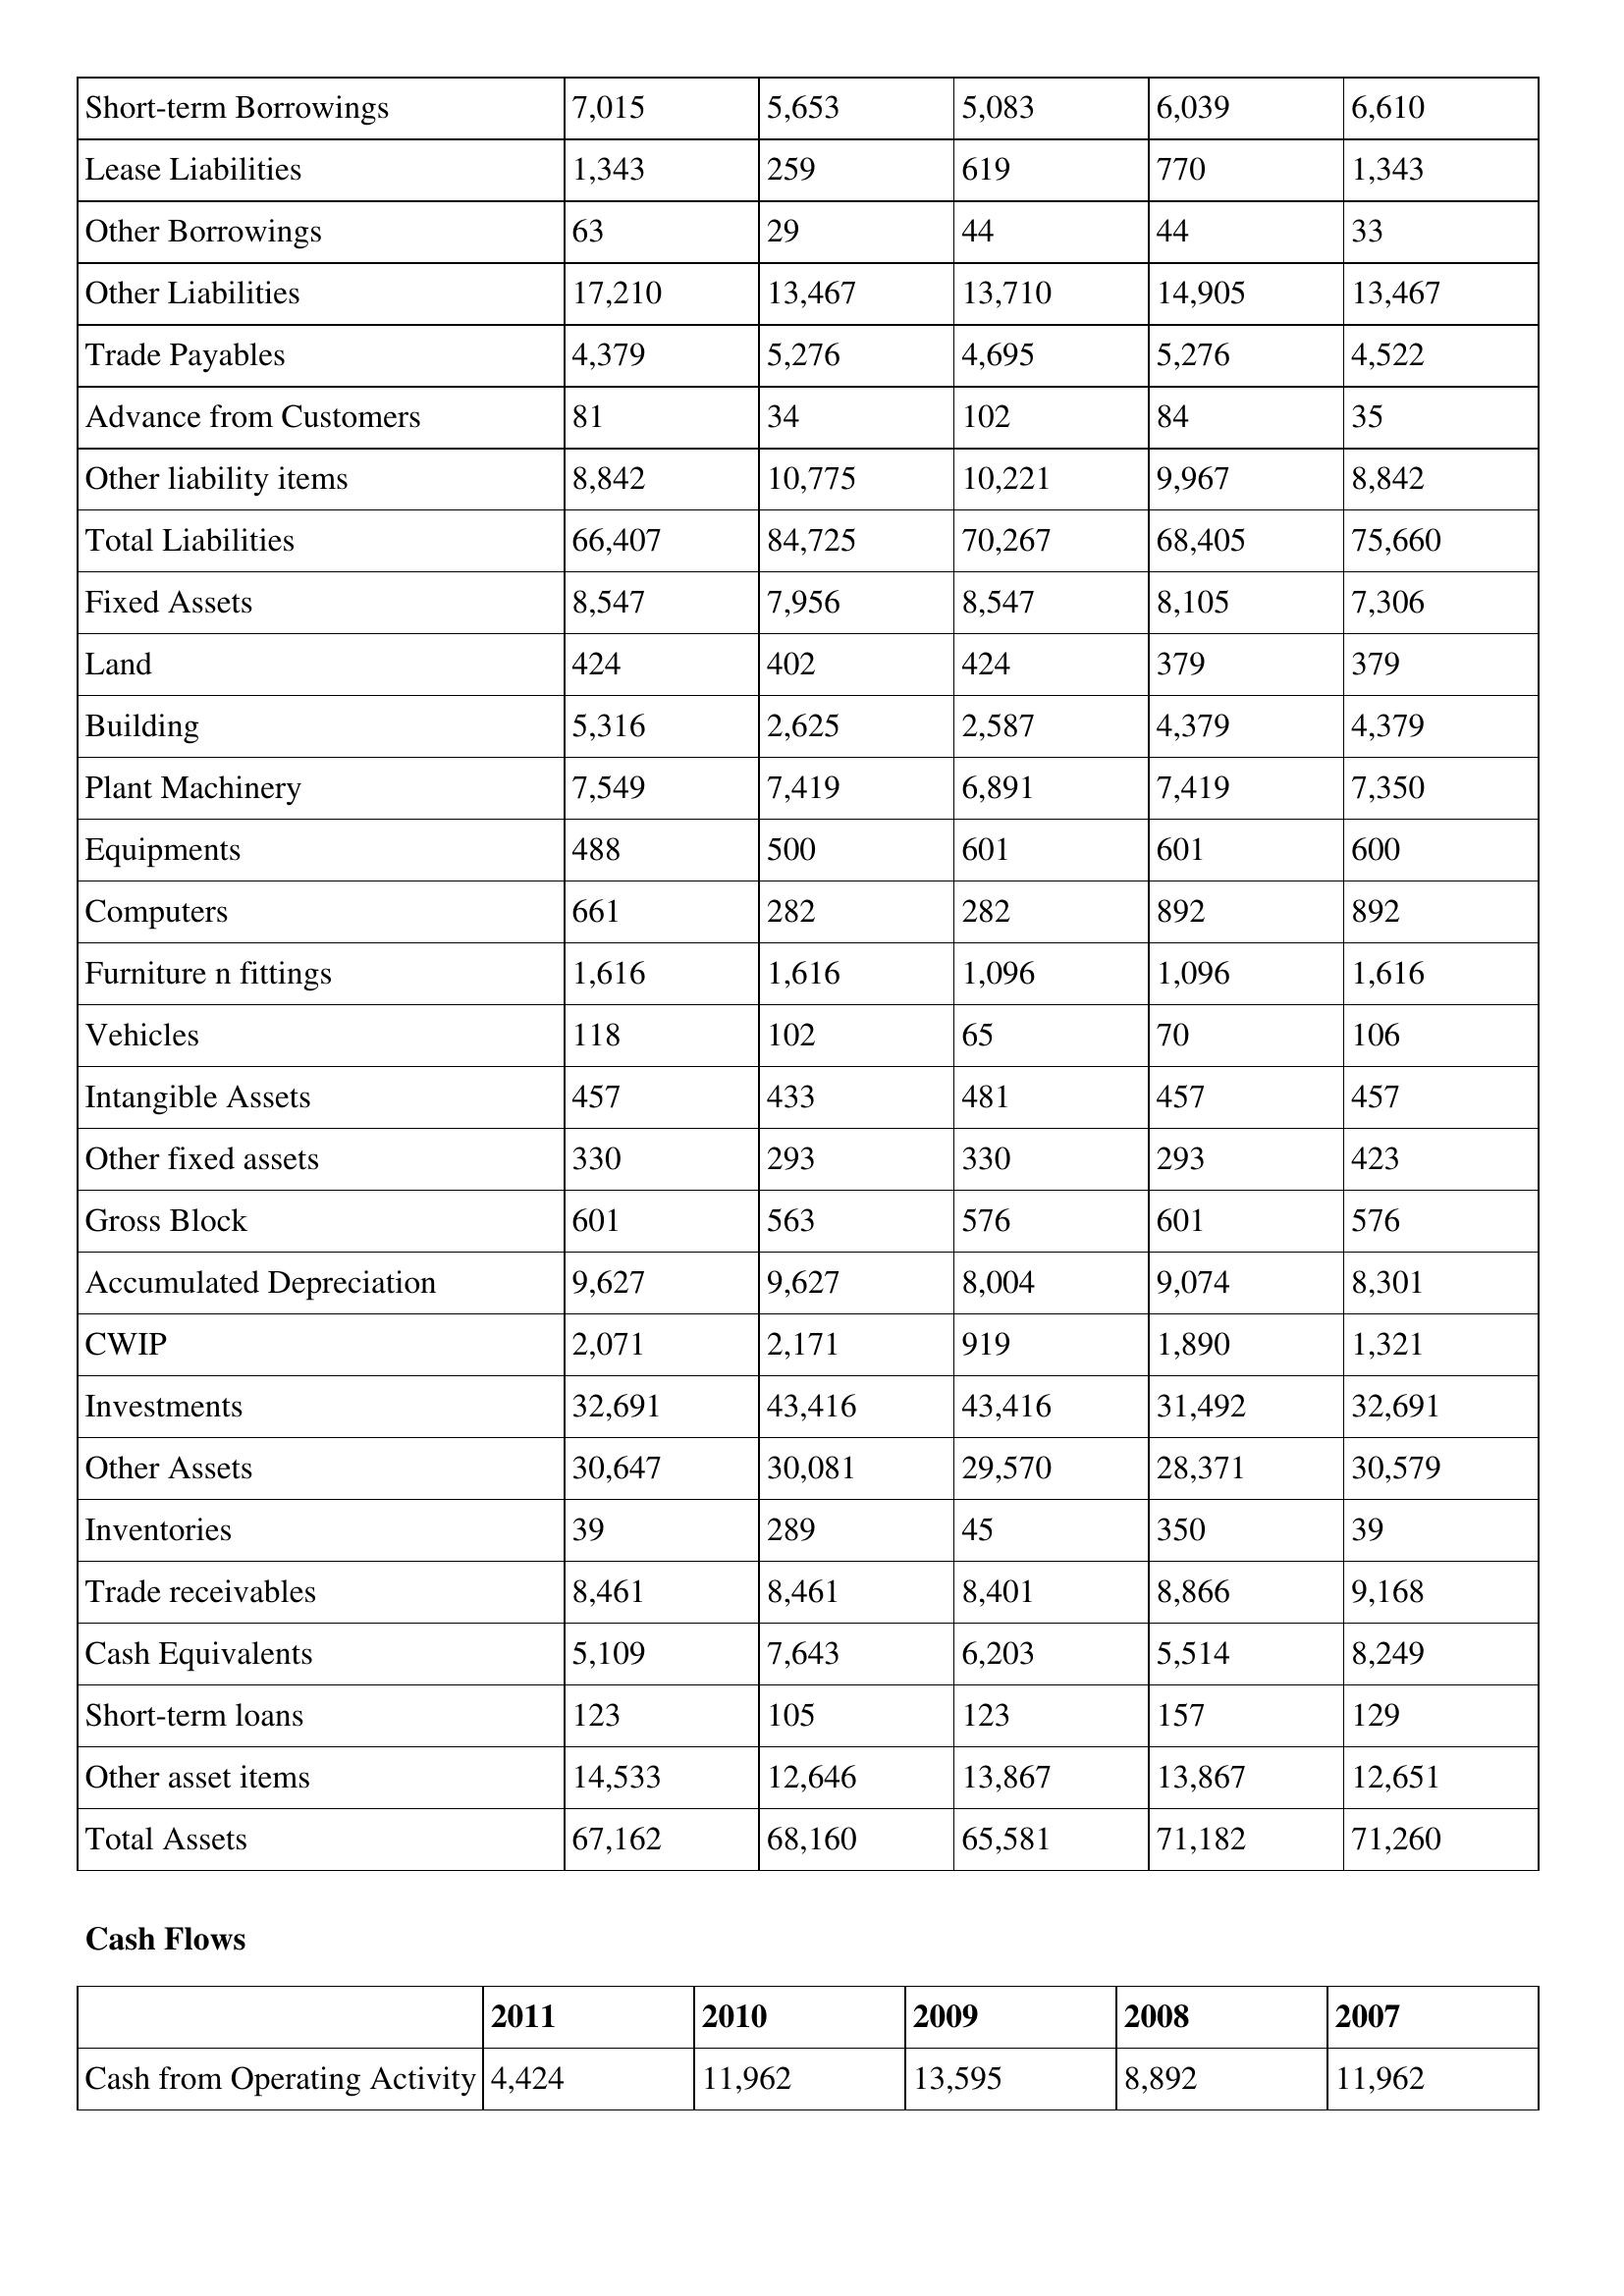
gt_parse: 2011: Balance Sheet: Short-term Borrowings: 7,015
Lease Liabilities: 1,343
Other Borrowings: 63
Other Liabilities: 17,210
Trade Payables: 4,379
Advance from Customers: 81
Other liability items: 8,842
Total Liabilities: 66,407
Fixed Assets: 8,547
Land: 424
Building: 5,316
Plant Machinery: 7,549
Equipments: 488
Computers: 661
Furniture n fittings: 1,616
Vehicles: 118
Intangible Assets: 457
Other fixed assets: 330
Gross Block: 601
Accumulated Depreciation: 9,627
CWIP: 2,071
Investments: 32,691
Other Assets: 30,647
Inventories: 39
Trade receivables: 8,461
Cash Equivalents: 5,109
Short-term loans: 123
Other asset items: 14,533
Total Assets: 67,162
Cash Flows: Cash from Operating Activity: 4,424
2010: Balance Sheet: Short-term Borrowings: 5,653
Lease Liabilities: 259
Other Borrowings: 29
Other Liabilities: 13,467
Trade Payables: 5,276
Advance from Customers: 34
Other liability items: 10,775
Total Liabilities: 84,725
Fixed Assets: 7,956
Land: 402
Building: 2,625
Plant Machinery: 7,419
Equipments: 500
Computers: 282
Furniture n fittings: 1,616
Vehicles: 102
Intangible Assets: 433
Other fixed assets: 293
Gross Block: 563
Accumulated Depreciation: 9,627
CWIP: 2,171
Investments: 43,416
Other Assets: 30,081
Inventories: 289
Trade receivables: 8,461
Cash Equivalents: 7,643
Short-term loans: 105
Other asset items: 12,646
Total Assets: 68,160
Cash Flows: Cash from Operating Activity: 11,962
2009: Balance Sheet: Short-term Borrowings: 5,083
Lease Liabilities: 619
Other Borrowings: 44
Other Liabilities: 13,710
Trade Payables: 4,695
Advance from Customers: 102
Other liability items: 10,221
Total Liabilities: 70,267
Fixed Assets: 8,547
Land: 424
Building: 2,587
Plant Machinery: 6,891
Equipments: 601
Computers: 282
Furniture n fittings: 1,096
Vehicles: 65
Intangible Assets: 481
Other fixed assets: 330
Gross Block: 576
Accumulated Depreciation: 8,004
CWIP: 919
Investments: 43,416
Other Assets: 29,570
Inventories: 45
Trade receivables: 8,401
Cash Equivalents: 6,203
Short-term loans: 123
Other asset items: 13,867
Total Assets: 65,581
Cash Flows: Cash from Operating Activity: 13,595
2008: Balance Sheet: Short-term Borrowings: 6,039
Lease Liabilities: 770
Other Borrowings: 44
Other Liabilities: 14,905
Trade Payables: 5,276
Advance from Customers: 84
Other liability items: 9,967
Total Liabilities: 68,405
Fixed Assets: 8,105
Land: 379
Building: 4,379
Plant Machinery: 7,419
Equipments: 601
Computers: 892
Furniture n fittings: 1,096
Vehicles: 70
Intangible Assets: 457
Other fixed assets: 293
Gross Block: 601
Accumulated Depreciation: 9,074
CWIP: 1,890
Investments: 31,492
Other Assets: 28,371
Inventories: 350
Trade receivables: 8,866
Cash Equivalents: 5,514
Short-term loans: 157
Other asset items: 13,867
Total Assets: 71,182
Cash Flows: Cash from Operating Activity: 8,892
2007: Balance Sheet: Short-term Borrowings: 6,610
Lease Liabilities: 1,343
Other Borrowings: 33
Other Liabilities: 13,467
Trade Payables: 4,522
Advance from Customers: 35
Other liability items: 8,842
Total Liabilities: 75,660
Fixed Assets: 7,306
Land: 379
Building: 4,379
Plant Machinery: 7,350
Equipments: 600
Computers: 892
Furniture n fittings: 1,616
Vehicles: 106
Intangible Assets: 457
Other fixed assets: 423
Gross Block: 576
Accumulated Depreciation: 8,301
CWIP: 1,321
Investments: 32,691
Other Assets: 30,579
Inventories: 39
Trade receivables: 9,168
Cash Equivalents: 8,249
Short-term loans: 129
Other asset items: 12,651
Total Assets: 71,260
Cash Flows: Cash from Operating Activity: 11,962